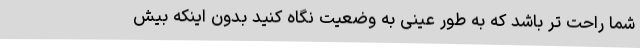
شما راحت تر باشد که به طور عینی به وضعیت نگاه کنید بدون اینکه بیش